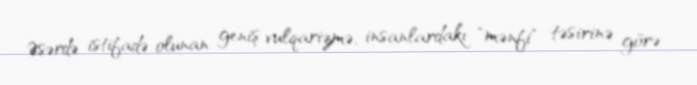
Əsərdə istifadə olunan geniş vulqarizmə, insanlardakı "mənfi" təsirinə görə